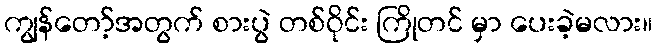
ကျွန်တော့်အတွက် စားပွဲ တစ်ဝိုင်း ကြိုတင် မှာ ပေးခဲ့မလား။